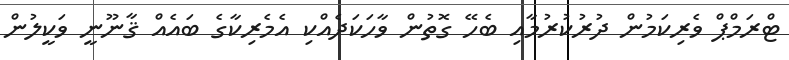
ޓްރަމްޕް ވެރިކަމުން ދުރުކުރުމާއި ބެހޭ ގޮތުން ވާހަކަދެއްކި އެމެރިކާގެ ބައެއް ޤާނޫނީ ވަކީލުން